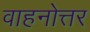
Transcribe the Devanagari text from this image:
वाहनोत्तर